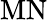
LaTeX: \mathrm{MN}